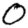
Digit: 0